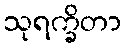
သုရက္ခိတာ